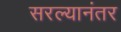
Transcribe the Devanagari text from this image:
सरल्यानंतर